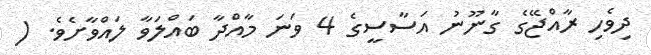
ދިވެހި ރާއްޖޭގެ ގާނޫނު އަސާސީގެ 4 ވަނަ މާއްދާ ބައްލަވާ ލައްވާށެވެ. (